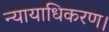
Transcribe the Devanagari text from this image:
न्यायाधिकरण।